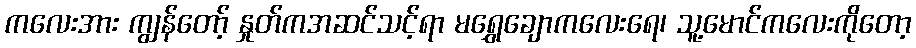
ကလေးအား ကျွန်တော့် နှုတ်ကအဆင်သင့်ရာ မရွှေချောကလေးရေ၊ သူ့မောင်ကလေးကိုတော့